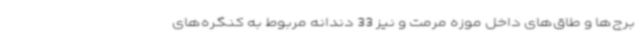
برج‌ها و طاق‌های داخل موزه مرمت و نیز 33 دندانه مربوط به کنگره‌های